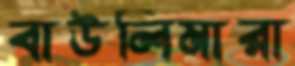
বাউলিমারা